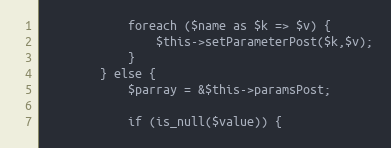
Language: PHP
			foreach ($name as $k => $v) {
				$this->setParameterPost($k,$v);
			}
		} else {
			$parray = &$this->paramsPost;

			if (is_null($value)) {